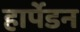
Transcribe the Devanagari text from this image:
हार्पेडन